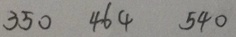
3 5 0 4 6 4 5 4 0